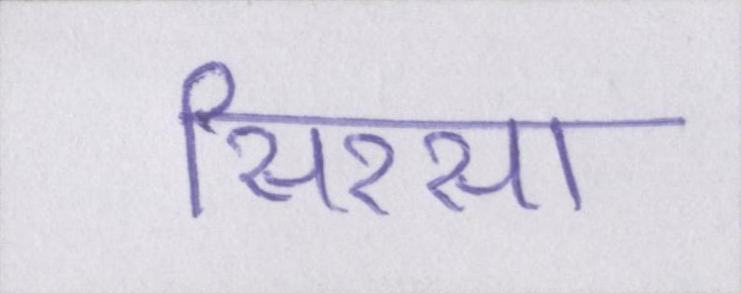
सिरसा